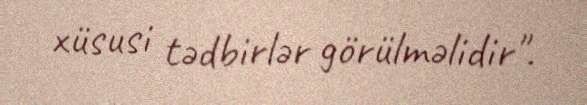
xüsusi tədbirlər görülməlidir".